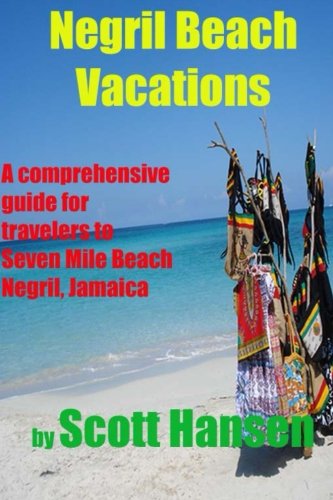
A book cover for Negril Beach Vacations: A comprehensive guide for travlers to Seven Mile Beach Negril, Jamaica; Mr. Scott Hansen; Travel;